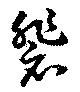
裴